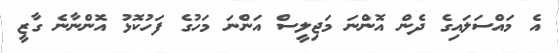
އެ މައްސަލައިގެ ދެން އޮންނަ މަޖިލީސް އަންނަ މަހުގެ ފަހުކޮޅު އޮންނާނެ ގާޒީ